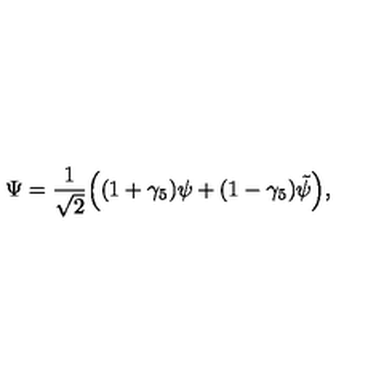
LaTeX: \Psi = \frac { 1 } { \sqrt { 2 } } \Big ( ( 1 + \gamma _ { 5 } ) \psi + ( 1 - \gamma _ { 5 } ) \tilde { \psi } \Big ) ,